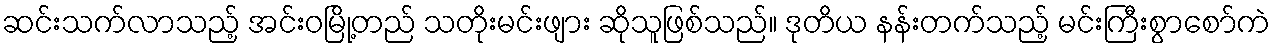
ဆင်းသက်လာသည့် အင်းဝမြို့တည် သတိုးမင်းဖျား ဆိုသူဖြစ်သည်။ ဒုတိယ နန်းတက်သည့် မင်းကြီးစွာစော်ကဲ